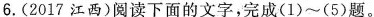
6.(2017江西)阅读下面的文字，完成(1)~(5)题。